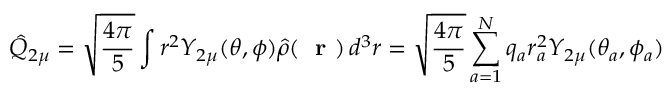
\hat { Q } _ { 2 \mu } = \sqrt { \frac { 4 \pi } { 5 } } \int r ^ { 2 } Y _ { 2 \mu } ( \theta , \phi ) \hat { \rho } ( \mathrm { ~ \bf ~ r ~ } ) \, d ^ { 3 } r = \sqrt { \frac { 4 \pi } { 5 } } \sum _ { a = 1 } ^ { N } q _ { a } r _ { a } ^ { 2 } Y _ { 2 \mu } ( \theta _ { a } , \phi _ { a } )